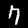
Digit: 7